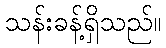
သန်းခန့်ရှိသည်။